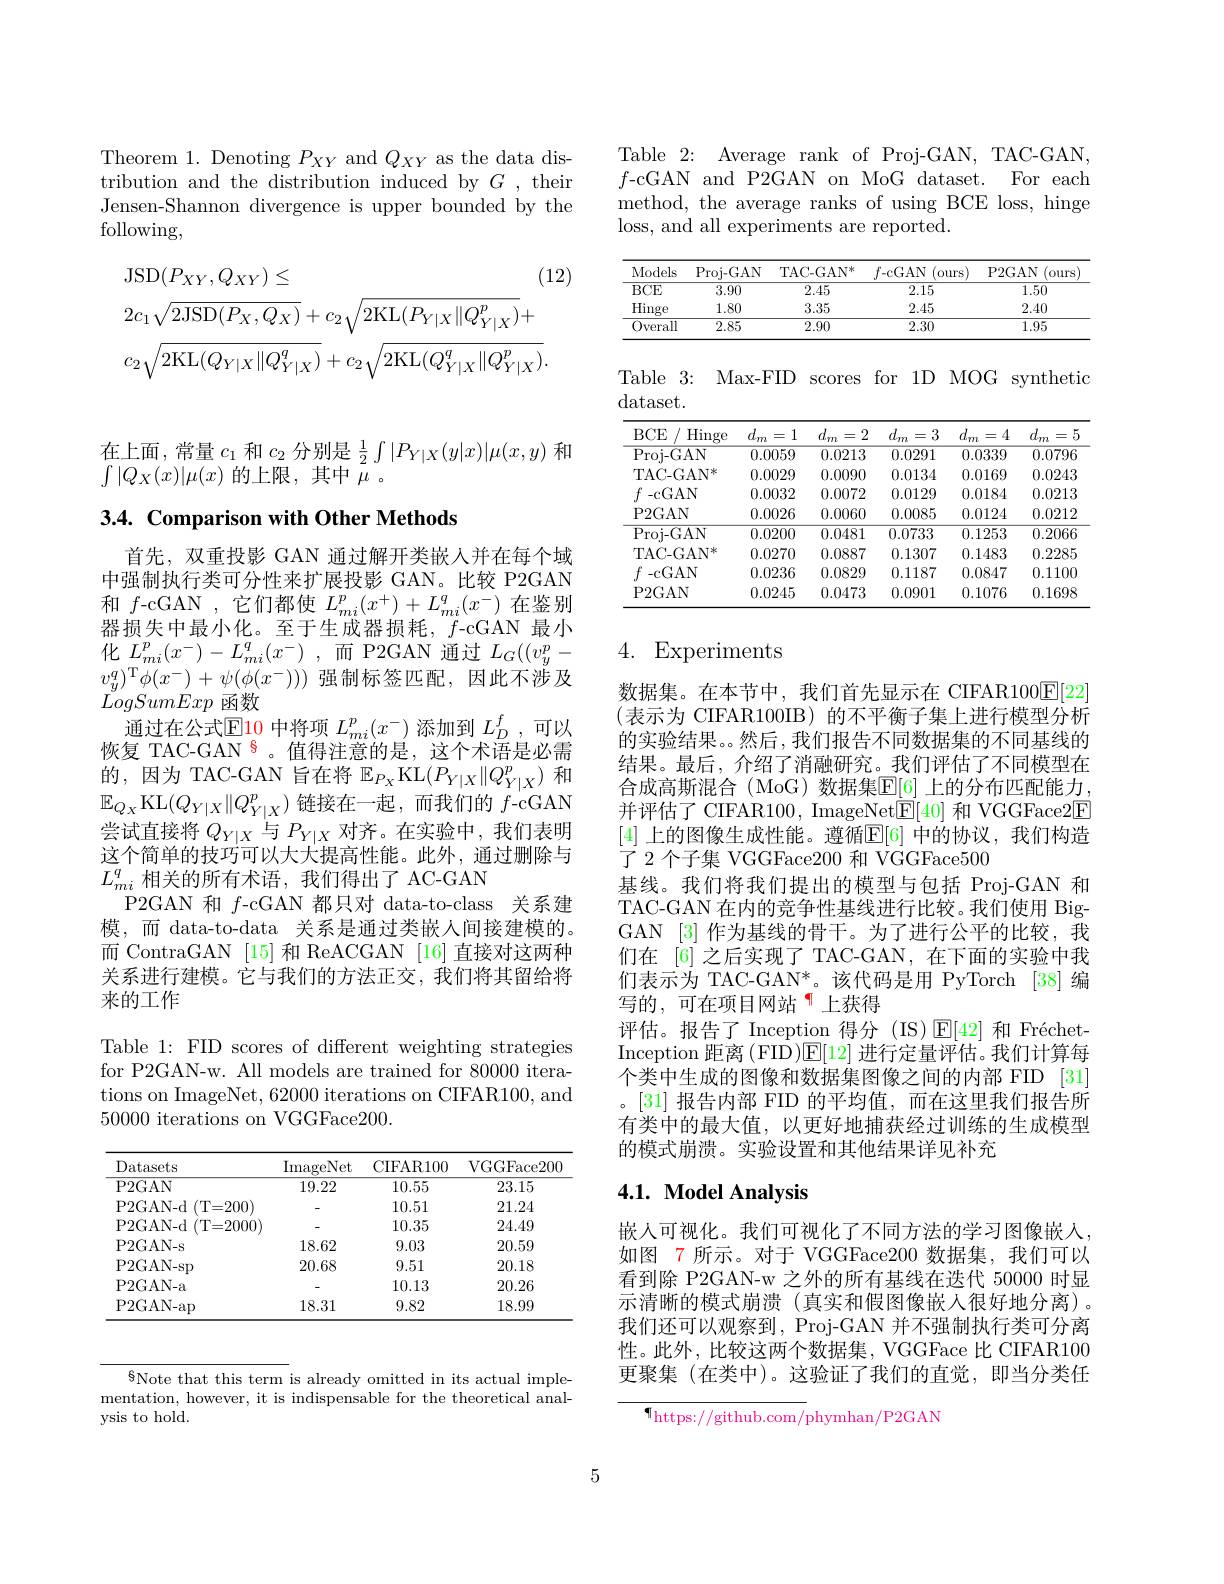
Theorem 1. Denoting $P_{XY}$ and $Q_{XY}$ as the data distribution and the distribution induced by $G$, their Jensen-Shannon divergence is upper bounded by the following,
$$\begin{aligned}&\mathrm{JSD}(P_{XY},Q_{XY})\leq\\&2c_{1}\sqrt{2\mathrm{JSD}(P_{X},Q_{X})}+c_{2}\sqrt{2\mathrm{KL}(P_{Y|X}\|Q_{Y|X}^{p})}+\\&c_{2}\sqrt{2\mathrm{KL}(Q_{Y|X}\|Q_{Y|X}^{q})}+c_{2}\sqrt{2\mathrm{KL}(Q_{Y|X}^{q}\|Q_{Y|X}^{p})}.\end{aligned}$$
在上面，常量$c_1$和$c_2$ 分别是$\frac12\int|P_{Y|X}(y|x)|\mu(x,y)$ 和
$\int|Q_X(x)|\mu(x)$的上限，其中$\tilde{\mu}$。

$3. 4. \textbf{ Comparison with Other Methods}$

首先，双重投影 GAN 通过解开类嵌人并在每个域中强制执行类可分性来扩展投影 GAN。比较 P2GAN 和$f$-cGAN ,它们都使$L_mi^p(x^+)+L_{mi}^q(x^-)$在鉴别器损失中最小化。至于生成器损耗，$f$-cGAN 最小化 $L_{mi}^{p}( x^{- }) - L_{mi}^{q}( x^{- })$ ,而 P2GAN 通过 $L_G((v_y^p-$ $v_{y}^{q})^{\mathrm{T}}\phi(x^{-})+\psi(\phi(x^{-})))$强制标签匹配，因此不涉及LogSumExp函数
通过在公式$\mathbb{E}$10 中将项 $L_mi^p(x^-)$ 添加到 $L_D^f$,可以恢复 TAC-GAN $^{\color{red}{s}}$。值得注意的是，这个术语是必需的，因为 TAC-GAN 旨在将$\mathbb{E}_P_{X}$KL$(P_Y|X\|Q_{Y|X}^p)$和$\mathbb{E}_{Q_X}$KL$(Q_Y|X\|Q_{Y|X}^p)$链接在一起，而我们的$f$-cGAN 尝试直接将$Q_Y|X$与$P_Y|X$对齐。在实验中，我们表明这个简单的技巧可以大大提高性能。此外，通过删除与$L_{mi}^q$相关的所有术语，我们得出了 AC-GAN
P2GAN 和$f$-cGAN 都只对 data-to-class 关系建模，而 data-to-data 关系是通过类嵌人间接建模的。而 ContraGAN [15] 和 ReACGAN [16] 直接对这两种关系进行建模。它与我们的方法正交，我们将其留给将来的工作

Table 1: FID scores of different weighting strategies for P2GAN-w. All models are trained for 80000 iterations on ImageNet, 62000 iterations on CIFAR100, and 500000 iterations on VGGFace200.

<table>
	<tbody>
		<tr>
			<th>Datasets</th>
			<th>ImageNet</th>
			<th>CIFAR100</th>
			<th>VGGFace200</th>
		</tr>
		<tr>
			<td>P2GAN</td>
			<td>19.22</td>
			<td>10.55</td>
			<td>23.15</td>
		</tr>
		<tr>
			<td>P2GAN- d ( T= 200) </td>
			<td> </td>
			<td>10.51</td>
			<td>21.24</td>
		</tr>
		<tr>
			<td>P2GAN-d(T=2000)</td>
			<td> </td>
			<td>10.35</td>
			<td>24.49</td>
		</tr>
		<tr>
			<td>P2GAN- s</td>
			<td>18.62</td>
			<td>9.03</td>
			<td>20.59</td>
		</tr>
		<tr>
			<td>P2GAN- sp</td>
			<td>20.68</td>
			<td>9.51</td>
			<td>20.18</td>
		</tr>
		<tr>
			<td>P2GAN- a</td>
			<td> </td>
			<td>10.13</td>
			<td>20.26</td>
		</tr>
		<tr>
			<td>P2GAN- ap</td>
			<td>18.31</td>
			<td>9.82</td>
			<td>18.99</td>
		</tr>
	</tbody>
</table>

$\S$Note that this term is already omitted in its actual imple- mentation, however, it is indispensable for the theoretical analysis to hold.

Table 2: Average rank of Proj-GAN, TAC-GAN $f$-cGAN and P2GAN on MoG dataset. For each method, the average ranks of using BCE loss, hinge loss, and all experiments are reported.

<table>
	<tbody>
		<tr>
			<th>Models</th>
			<th>Proj- GAN</th>
			<th>$\mathrm{TAC-GAN}^{*}$</th>
			<th>$f_{- \mathrm{c} }$GAN (ours</th>
			<th>P2GAN (ours</th>
		</tr>
		<tr>
			<td>$BCE$</td>
			<td>3.90</td>
			<td>2.45</td>
			<td>2.15</td>
			<td>1.50</td>
		</tr>
		<tr>
			<td>Hinge</td>
			<td>1.80</td>
			<td>3.35</td>
			<td>2.45</td>
			<td>2.40</td>
		</tr>
		<tr>
			<td>0verall</td>
			<td>2.85</td>
			<td>2.90</td>
			<td>2.30</td>
			<td>1.95</td>
		</tr>
	</tbody>
</table>

Table 3: Max-FID scores for 1D MOG synthetic

<table>
	<tbody>
		<tr>
			<th>$BCE$ Hinge</th>
			<th>$d_{m}$ 1 =</th>
			<th>$d_{m}$ 2 =</th>
			<th>$d_{m}$ 3 =</th>
			<th>$d_{m}$ 4 =</th>
			<th>$d_{m}$ = 1</th>
		</tr>
		<tr>
			<td>Proi- GAN</td>
			<td>0.0059</td>
			<td>0.0213</td>
			<td>0.0291</td>
			<td>0.0339</td>
			<td>0.0796</td>
		</tr>
		<tr>
			<td>TAC- GA$N^{* }$</td>
			<td>0.0029</td>
			<td>0.0090</td>
			<td>0.0134</td>
			<td>0.0169</td>
			<td>0.0243</td>
		</tr>
		<tr>
			<td>$-cGAN$</td>
			<td>0.0032</td>
			<td>0.0072</td>
			<td>0.0129</td>
			<td>0.0184</td>
			<td>0.0213</td>
		</tr>
		<tr>
			<td>P2GAN</td>
			<td>0.0026</td>
			<td>0.0060</td>
			<td>0.0085</td>
			<td>0.0124</td>
			<td>0.0212</td>
		</tr>
		<tr>
			<td>Proi- GAN</td>
			<td>0.0200</td>
			<td>0.0481</td>
			<td>0.0733</td>
			<td>0.1253</td>
			<td>0.2066</td>
		</tr>
		<tr>
			<td>TAC- GA$N^{* }$</td>
			<td>0.0270</td>
			<td>0.0887</td>
			<td>0.1307</td>
			<td>0.1483</td>
			<td>0.2285</td>
		</tr>
		<tr>
			<td>$-cGAN$</td>
			<td>0.0236</td>
			<td>0.0829</td>
			<td>0.1187</td>
			<td>0.0847</td>
			<td>0.1100</td>
		</tr>
		<tr>
			<td>P2GAN</td>
			<td>0.0245</td>
			<td>0.0473</td>
			<td>0.0901</td>
			<td>0.1076</td>
			<td>0.1698</td>
		</tr>
	</tbody>
</table>

### 4. Experiments

数据集。在本节中，我们首先显示在 CIFAR100$\underline{\mathrm{E}}[22]$ (表示为 CIFAR100IB)的不平衡子集上进行模型分析的实验结果。。然后，我们报告不同数据集的不同基线的结果。最后，介绍了消融研究。我们评估了不同模型在合成高斯混合(MoG)数据集$\mathbb{E}[6]$ 上的分布匹配能力， 并评估了 CIFAR100, ImageNet$\underline{\mathrm{E}}[40]$和 VGGFace2$\underline{\mathrm{E}}$ [4] 上的图像生成性能。遵循$\overline{\mathbb{E}}[6]$ 中的协议，我们构造了 2 个子集 VGGFace200 和 VGGFace500
基线。我们将我们提出的模型与包括 Proj-GAN 和TAC-GAN 在内的竞争性基线进行比较。我们使用 BigGAN [3] 作为基线的骨干。为了进行公平的比较，我们在 [6] 之后实现了 TAC-GAN, 在下面的实验中我们表示为 TAC-GAN*。该代码是用 PyTorch [38] 编写的，可在项目网站「上获得
评估。报告了 Inception 得分 (IS)$\operatorname{E}[42]$和 FréchetInception 距离 (FID)$\mathsf{E}[12]$进行定量评估。我们计算每$\bar{\text{个 类 中 生 成 的 图 像 和 数 据 集 图 像 之 间 的 内 部 FID}}$ [31] 。[31] 报告内部 FID 的平均值，而在这里我们报告所有类中的最大值，以更好地捕获经过训练的生成模型的模式崩溃。实验设置和其他结果详见补充

## 4.1. Model Analysis

嵌入可视化。我们可视化了不同方法的学习图像嵌人， 如图 7 所示。对于 VGGFace200 数据集，我们可以看到除 P2GAN-w 之外的所有基线在迭代 50000 时显示清晰的模式崩溃(真实和假图像嵌人很好地分离)。我们还可以观察到，Proj-GAN 并不强制执行类可分离性。此外，比较这两个数据集，VGGFace 比 CIFAR100更聚集 (在类中)。这验证了我们的直觉，即当分类任

$^{\P}$https://github.com/phymhan/P2GAN

5